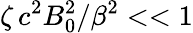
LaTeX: \zeta\, c^{2}B_{0}^{2}/\beta^{2}<<1